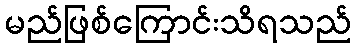
မည်ဖြစ်ကြောင်းသိရသည်